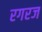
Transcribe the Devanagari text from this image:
रगरज